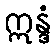
ဣန္ဒံ